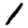
Digit: 1